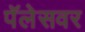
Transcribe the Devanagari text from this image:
पॅलेसवर